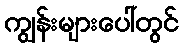
ကျွန်းများပေါ်တွင်